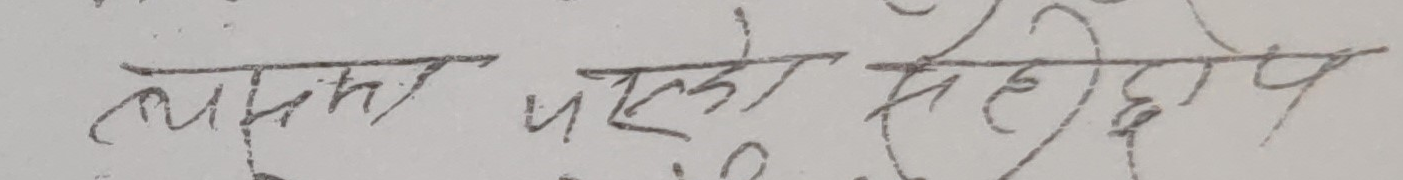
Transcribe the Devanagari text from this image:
त्यसका पल्को सहिछोप